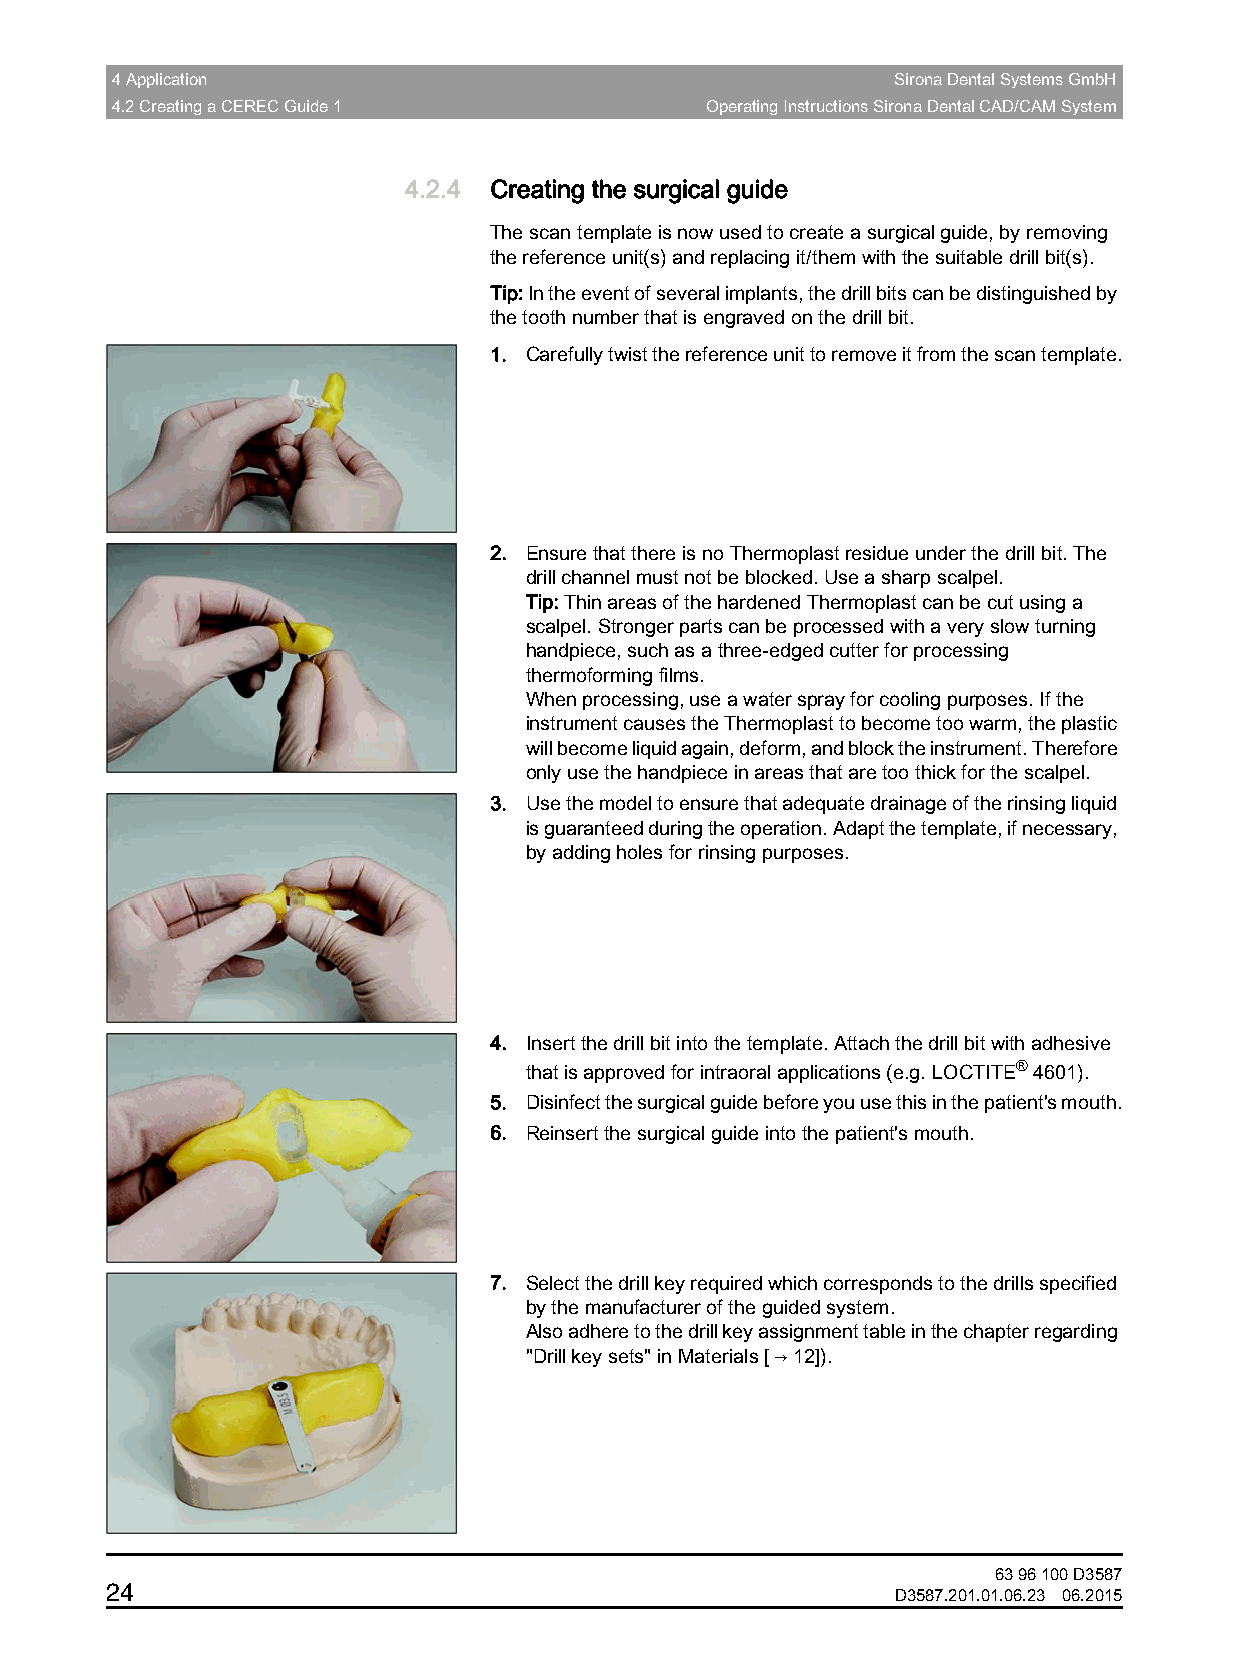
4 Application                                       Sirona Dental Systems GmbH
 4.2 Creating a CEREC Guide 1            Operating Instructions Sirona Dental CAD/CAM System
 4.2.4 Creating the surgical guide
 The scan template is now used to create a surgical guide, by removing
 the reference unit(s) and replacing it/them with the suitable drill bit(s).
 Tip: In the event of several implants, the drill bits can be distinguished by
 the tooth number that is engraved on the drill bit.
 1. Carefully twist the reference unit to remove it from the scan template.
 2. Ensure that there is no Thermoplast residue under the drill bit. The
 drill channel must not be blocked. Use a sharp scalpel.
 Tip: Thin areas of the hardened Thermoplast can be cut using a
 scalpel. Stronger parts can be processed with a very slow turning
 handpiece, such as a three-edged cutter for processing
 thermoforming films.
 When processing, use a water spray for cooling purposes. If the
 instrument causes the Thermoplast to become too warm, the plastic
 will become liquid again, deform, and block the instrument. Therefore
 only use the handpiece in areas that are too thick for the scalpel.
 3. Use the model to ensure that adequate drainage of the rinsing liquid
 is guaranteed during the operation. Adapt the template, if necessary,
 by adding holes for rinsing purposes.
 4. Insert the drill bit into the template. Attach the drill bit with adhesive
 that is approved for intraoral applications (e.g. LOCTITE® 4601).
 5. Disinfect the surgical guide before you use this in the patient's mouth.
 6. Reinsert the surgical guide into the patient's mouth.
 7. Select the drill key required which corresponds to the drills specified
 by the manufacturer of the guided system.
 Also adhere to the drill key assignment table in the chapter regarding
 "Drill key sets" in Materials[→12]).
 63 96 100 D3587
 24
 D3587.201.01.06.23 06.2015